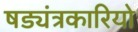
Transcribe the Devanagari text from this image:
षड्यंत्रकारियो